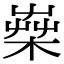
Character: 𣕐